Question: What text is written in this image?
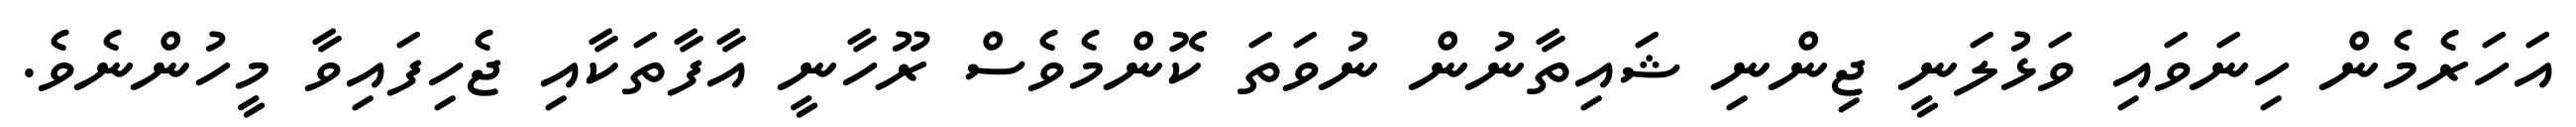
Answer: އަހަރެމެން ހިނަވައި ވަޅުލަނީ ޖިންނި ޝައިތާނުން ނުވަތަ ކޮންމެވެސް ރޫހާނީ އާފާތަކާއި ޖެހިފައިވާ މީހުންނެވެ.